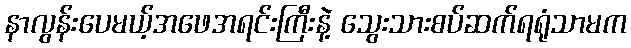
နာလွန်းပေမယ့်အဖေအရင်းကြီးနဲ့ သွေးသားစပ်ဆက်ရရုံသာမက